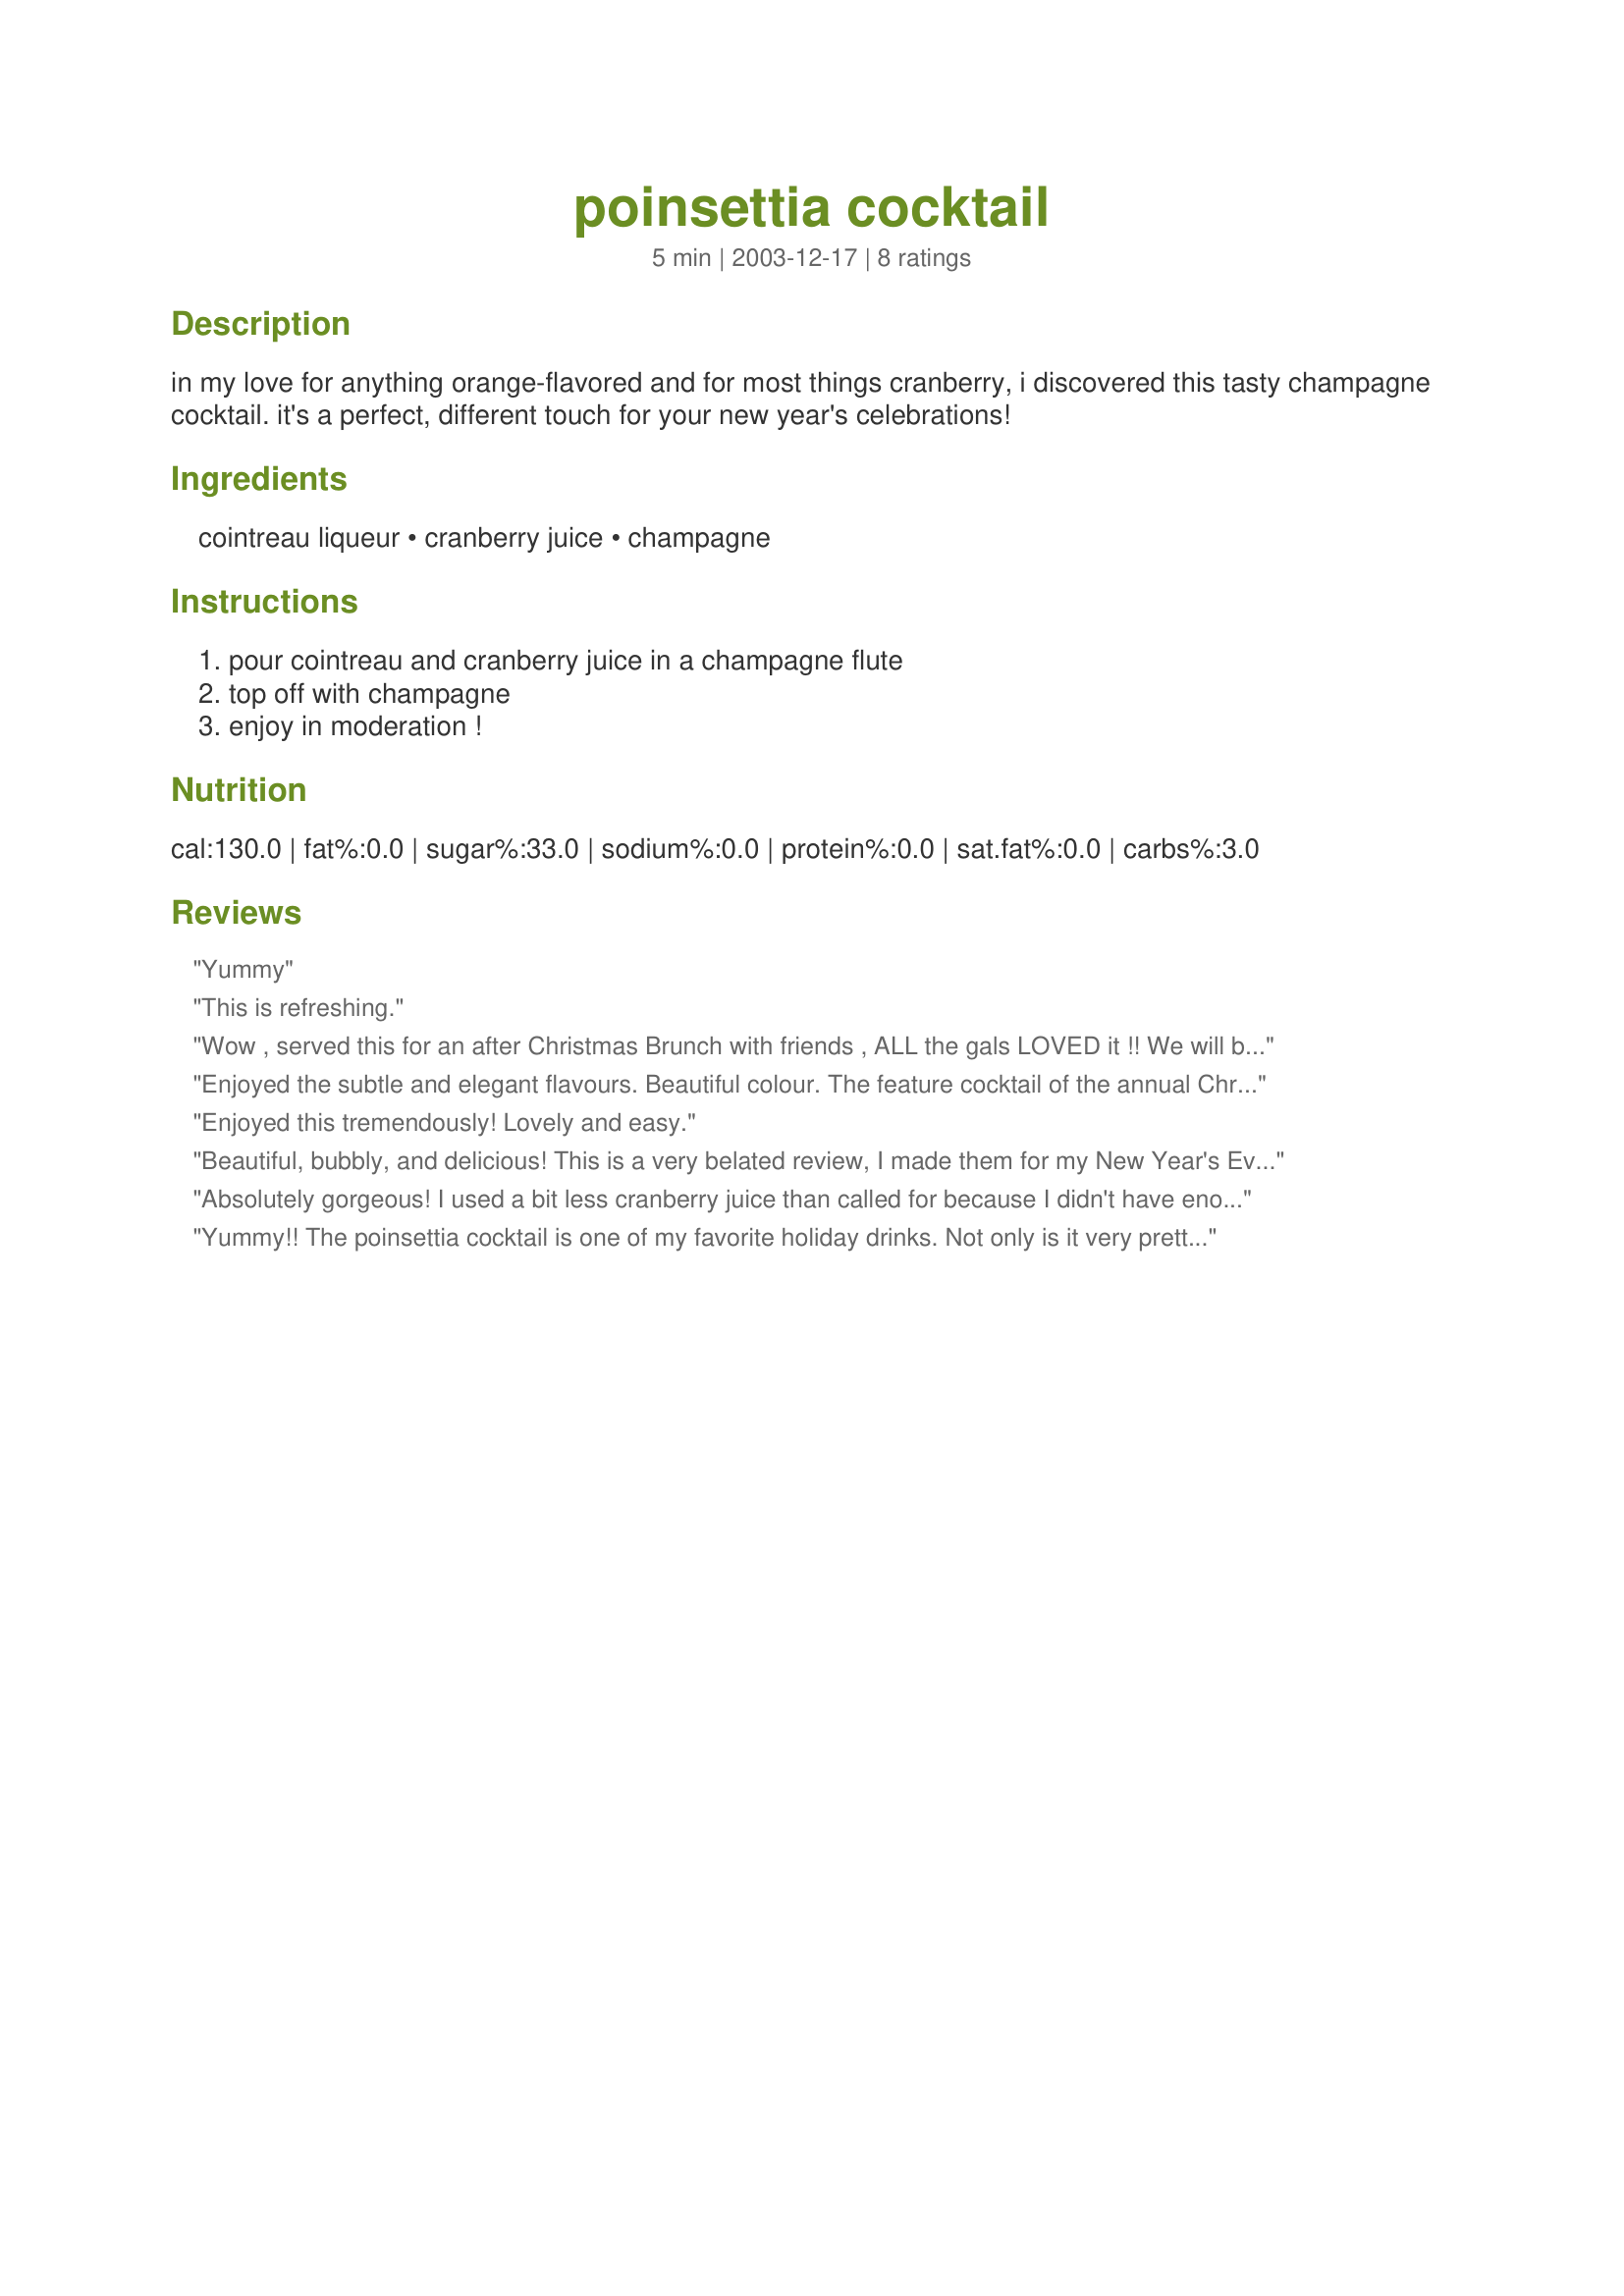
poinsettia cocktail
Preparation time: 5 minutes

in my love for anything orange-flavored and for most things cranberry, i discovered this tasty champagne cocktail. it's a perfect, different touch for your new year's celebrations!

Ingredients:
cointreau liqueur, cranberry juice, champagne

Steps:
pour cointreau and cranberry juice in a champagne flute, top off with champagne, enjoy in moderation !

Reviews:
Yummy
This is refreshing.
Wow , served this for an after Christmas Brunch with friends , ALL the gals LOVED it !! We will be serving it again to the ladies for NEW YEARS EVE. (at their request !!) Very tasty :)
Enjoyed the subtle and elegant flavours. Beautiful colour. The feature cocktail of the annual Christmas cocktail party I go to.
Enjoyed this tremendously! Lovely and easy.
Beautiful, bubbly, and delicious! This is a very belated review, I made them for my New Year's Eve party and they were a big hit! I topped them off with a fresh cranberry in each glass, it was quite festive! Thanks for the recipe!
Absolutely gorgeous! I used a bit less cranberry juice than called for because I didn't have enough in the house and it was still lovely and sweet.
Yummy!! The poinsettia cocktail is one of my favorite holiday drinks. Not only is it very pretty to look at, but it is delicious, too. This recipe was so quick and easy to make, and two of us managed to polish off more of these than I am willing to admit :) Thank you for sharing this wonderful recipe...it is definitely a keeper!!<br/>*Made for P-A-R-T-Y tag game*
